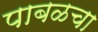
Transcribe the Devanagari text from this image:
पाबळचा